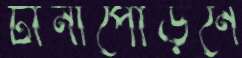
টানাপোড়নে